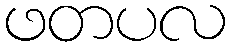
ဖတပလ